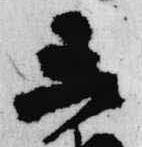
楽